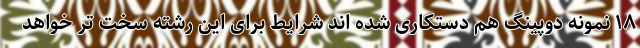
۱۸ نمونه دوپینگ هم دستکاری شده اند شرایط برای این رشته سخت تر خواهد